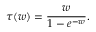
\tau ( w ) = { \frac { w } { 1 - e ^ { - w } } } .